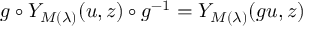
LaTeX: g \circ Y _ { M ( \lambda ) } ( u , z ) \circ g ^ { - 1 } = Y _ { M ( \lambda ) } ( g u , z )